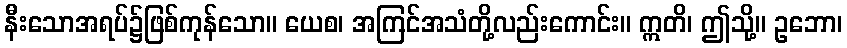
နီးသောအရပ်၌ဖြစ်ကုန်သော။ ယေစ၊ အကြင်အသံတို့လည်းကောင်း။ ဣတိ၊ ဤသို့။ ဥဘော၊